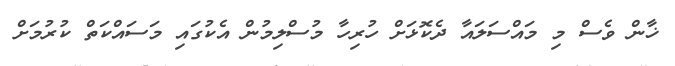
ޚާން ވެސް މި މައްސަލައާ ދެކޮޅަށް ހުރިހާ މުސްލިމުން އެކުގައި މަސައްކަތް ކުރުމަށް